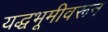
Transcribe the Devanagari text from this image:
यद्धभूमीवरून